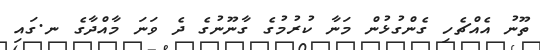
ތޫނު އެއްޗެހި ގެންގުޅުން މަނާ ކުރުމުގެ ގާނޫނުގެ ދެ ވަނަ މާއްދާގެ ނ.ގައި